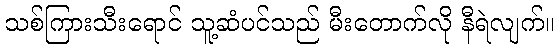
သစ်ကြားသီးရောင် သူ့ဆံပင်သည် မီးတောက်လို နီရဲလျက်။